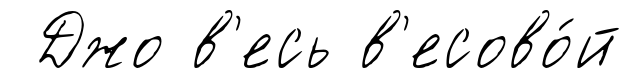
Джо в'есь в'есово́й